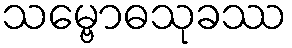
သမ္ဗောဓသုခဿ